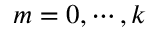
m = 0 , \cdots , k